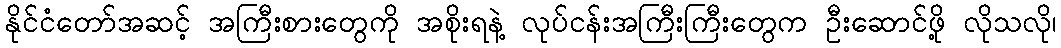
နိုင်ငံတော်အဆင့် အကြီးစားတွေကို အစိုးရနဲ့ လုပ်ငန်းအကြီးကြီးတွေက ဦးဆောင်ဖို့ လိုသလို၊